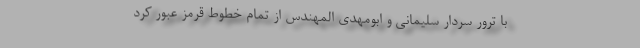
با ترور سردار سلیمانی و ابومهدی المهندس از تمام خطوط قرمز عبور کرد